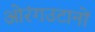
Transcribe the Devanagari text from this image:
ओरंगउटानों